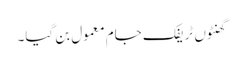
گھنٹوں ٹریفک جام معمول بن گیا۔